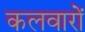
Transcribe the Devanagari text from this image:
कलवारों